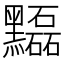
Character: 𪒽